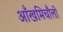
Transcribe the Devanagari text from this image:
आँखमिचौली